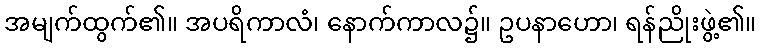
အမျက်ထွက်၏။ အပရိကာလံ၊ နောက်ကာလ၌။ ဥပနာဟော၊ ရန်ညိုးဖွဲ့၏။